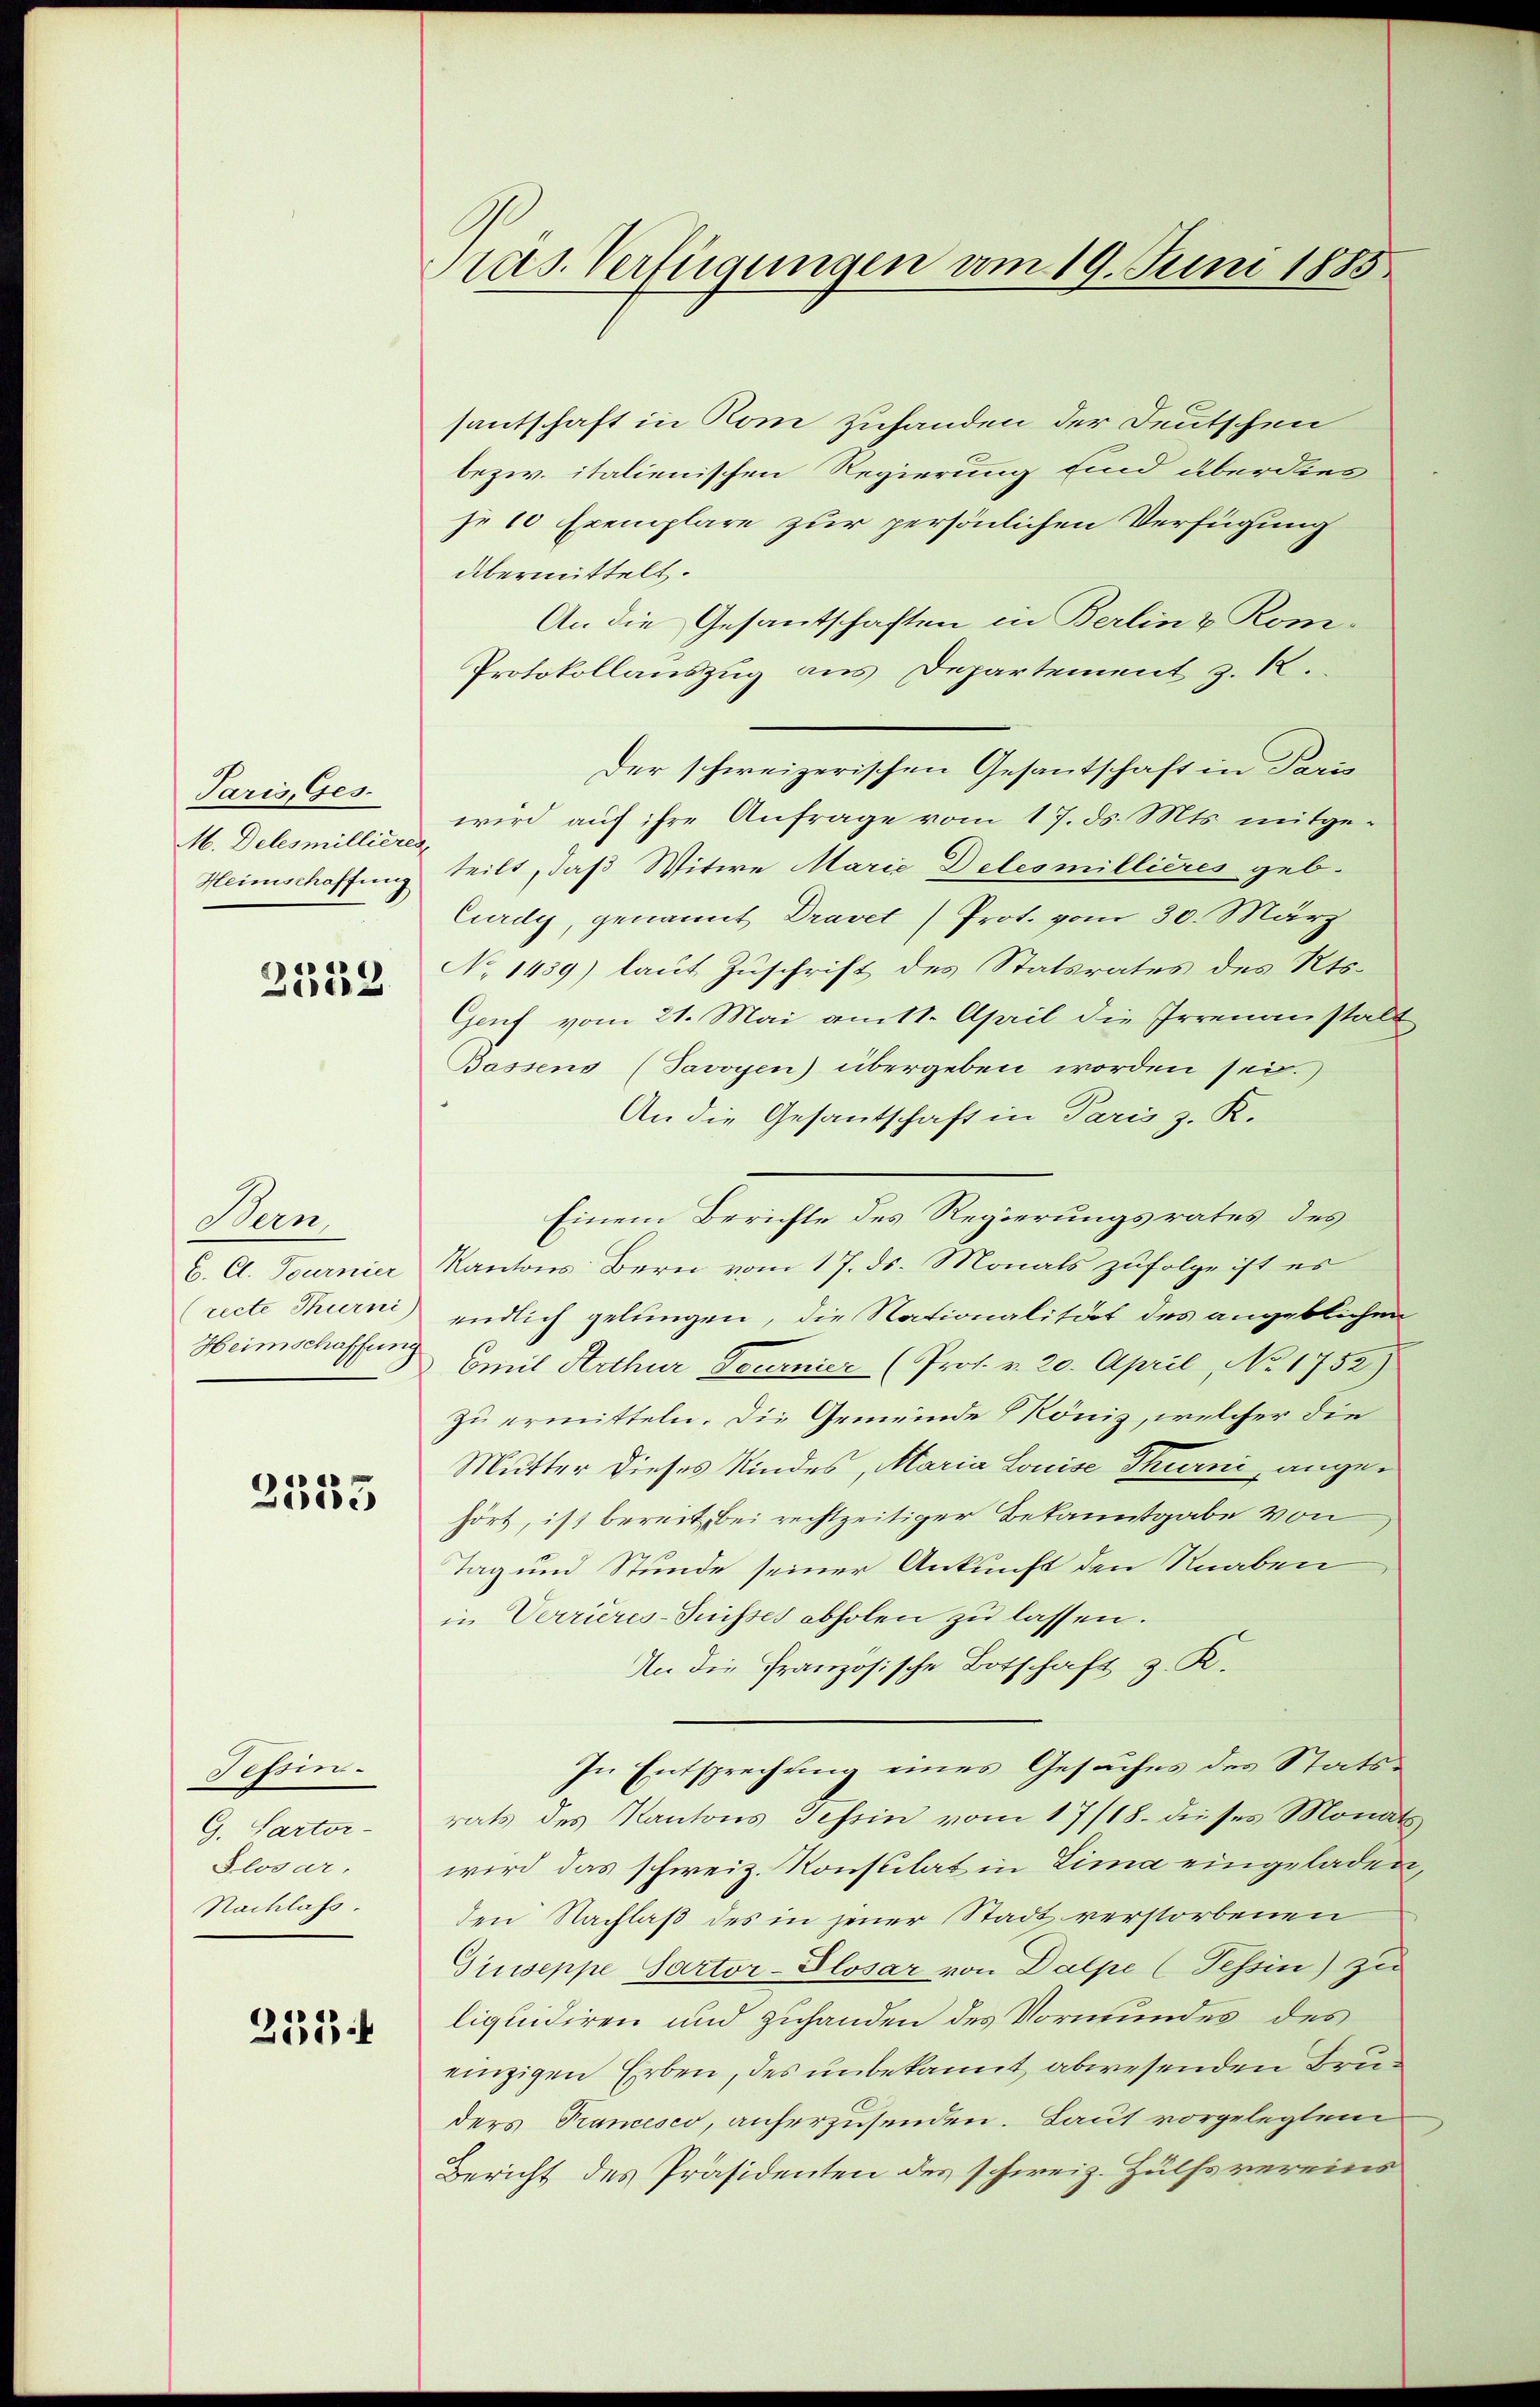
Paris, Ges.
M. Delesmillieres
Heimschaffung
a

Derar

Seen
b. Cl. Tournier
Heimschaffung

e
25333

Tessin.
G. Sartor¬
Slosar,
Nachlass.

253

Pras. Verfügungen vom 19. Juni 1885

santschaft in Rom zuhanden der Deutschen
bezw. italienischen Regierung sind überdies
je 10 Exemplare zur persönlichen Verfügung
übermittelt.
An die Gesantschaften in Berlin & Kom-
Protokollauszug aus Departement z. K.
wird auf ihre Anfrage vom 17. ds. Mts. mitgeteilt, daß Witwe Marie Deles millieres geb.
Curdy, genannt Dravet (Prot. vom 30. März
No 1439) laut Zuschrift des Statsrates des Kts.
Genf vom 21. Mai am 11. April die Irrenanstalt
Bossens (Javoyen) übergeben worden sei.
An die Gesantschaft in Paris z. R.
Einem Berichte des Regierungsrates des
Kantons Bern vom 17. ds. Monats zufolge ist es
(ucte Thurni endlich gelungen, die Nationalität des angeblichen
Emil Arthur Tournier (Prof. v. 20. April, No 1752)
zu ermitteln. Die Gemeinde König, welcher die
Mutter dieses Kindes, Maria Louise Thurni angehört, ist bereit, bei rechtzeitiger Bekanntgabe von
Tag und Stunde seiner Ankunft den Knaben
in Verrieres-Suisses abholen zu lassen.
An die Französische Botschaft z. R.
In Entsprechung eines Gesuches des Statsrats des Kantons Tessin vom 17/18. dieses Monats,
wird das schweiz. Konsulat in Lima eingeladen,
den Nachlaß des in jener Stadt verstorbenen
Giuseppe Sartor-Plosar von Dalpe (Tessin) zu
liquidiren und zuhanden des Vormundes des
einzigen Erben, des unbekannt abwesenden Bruders Francesco, anherzusenden. Laut vorgelegten
Bericht des Präsidenten des schweiz. Hülfsvereins

Der schweizerischen Gesantschaft in Paris